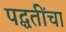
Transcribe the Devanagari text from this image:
पद्घतींचा